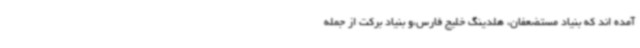
آمده اند که بنیاد مستضعفان، هلدینگ خلیج فارس،و بنیاد برکت از جمله